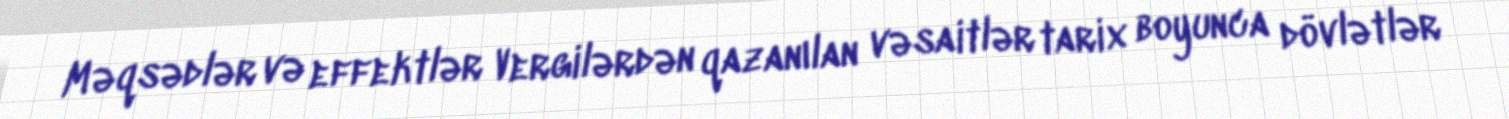
Məqsədlər və effektlər Vergilərdən qazanılan vəsaitlər tarix boyunca dövlətlər